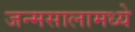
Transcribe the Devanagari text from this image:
जन्मसालामध्ये